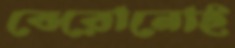
বেরোনোই